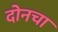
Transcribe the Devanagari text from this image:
दोनचा